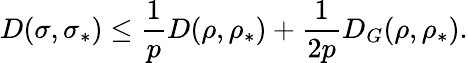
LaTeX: D(\sigma,\sigma_{\ast})\leq\frac{1}{p}D(\rho,\rho_{\ast})+\frac{1}{2p}D_{G}(\rho,\rho_{\ast}).